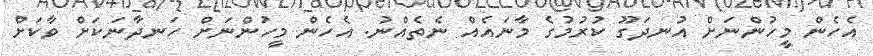
އެހެން މީހުންނަށް އުނދަގޫ ކުރުމުގެ މާނައެއް ނެތެއްނު. އެހެން މީހުންނަށް ހަނދާނަކަށް ވާކަށް